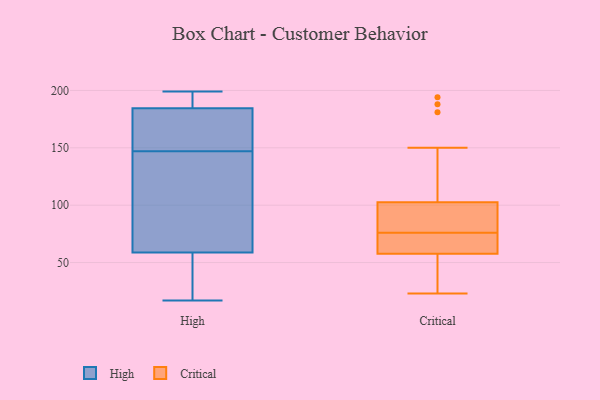
{"axis": {"x": "Market Share (%)", "y": "Value"}, "legend": ["Critical", "High"], "data": [{"x": "", "y": 199, "type": "High"}, {"x": "", "y": 17, "type": "High"}, {"x": "", "y": 147, "type": "High"}, {"x": "", "y": 186, "type": "High"}, {"x": "", "y": 60, "type": "High"}, {"x": "", "y": 34, "type": "High"}, {"x": "", "y": 184, "type": "High"}, {"x": "", "y": 169, "type": "High"}, {"x": "", "y": 196, "type": "High"}, {"x": "", "y": 55, "type": "High"}, {"x": "", "y": 63, "type": "High"}, {"x": "", "y": 71, "type": "High"}, {"x": "", "y": 177, "type": "High"}, {"x": "", "y": 67, "type": "Critical"}, {"x": "", "y": 23, "type": "Critical"}, {"x": "", "y": 76, "type": "Critical"}, {"x": "", "y": 60, "type": "Critical"}, {"x": "", "y": 57, "type": "Critical"}, {"x": "", "y": 104, "type": "Critical"}, {"x": "", "y": 85, "type": "Critical"}, {"x": "", "y": 194, "type": "Critical"}, {"x": "", "y": 83, "type": "Critical"}, {"x": "", "y": 35, "type": "Critical"}, {"x": "", "y": 73, "type": "Critical"}, {"x": "", "y": 98, "type": "Critical"}, {"x": "", "y": 188, "type": "Critical"}, {"x": "", "y": 54, "type": "Critical"}, {"x": "", "y": 181, "type": "Critical"}, {"x": "", "y": 67, "type": "Critical"}, {"x": "", "y": 25, "type": "Critical"}, {"x": "", "y": 90, "type": "Critical"}, {"x": "", "y": 150, "type": "Critical"}]}